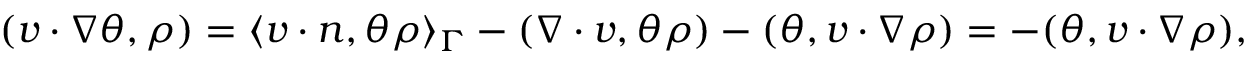
\begin{array} { r } { ( v \cdot \nabla \theta , \rho ) = \langle v \cdot n , \theta \rho \rangle _ { \Gamma } - ( \nabla \cdot v , \theta \rho ) - ( \theta , v \cdot \nabla \rho ) = - ( \theta , v \cdot \nabla \rho ) , } \end{array}